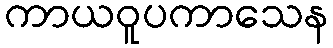
ကာယဝူပကာသေန